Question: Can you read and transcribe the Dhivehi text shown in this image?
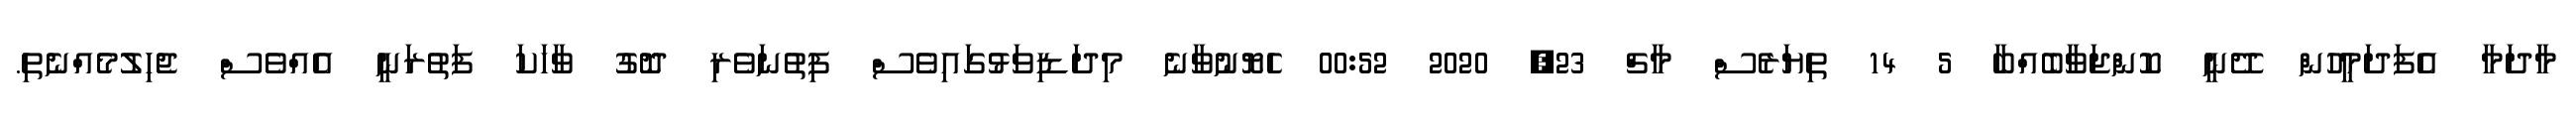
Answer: މާދަމާ އެފަދަމީހުން ދޭނީ ކޮންޖަވާބެއްބާ 5 14 ތިޔަރެސް މާޗް 23, 2020 00:52 ހެޔޮނުވާނެ މިދަޑިވަޅުގައިވެސް ފިތުނަވެރި ދޮގު ވާހަކަ ފަތުރަނީ އެއްވެސް ޖެހިލުމެއްނެތި.